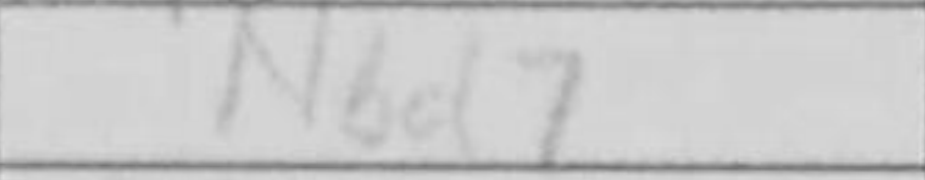
Transcription: Nbd7